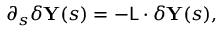
\partial _ { s } \delta \mathbf { Y } ( s ) = - \mathsf { L } \cdot \delta \mathbf { Y } ( s ) ,